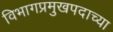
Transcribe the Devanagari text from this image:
विभागप्रमुखपदाच्या